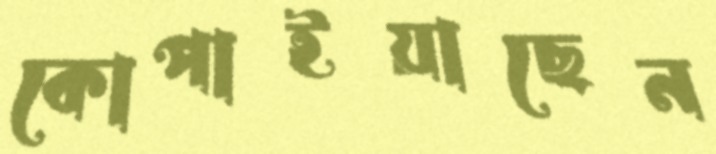
কোপাইয়াছেন